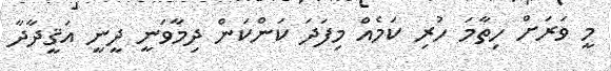
މީ ވަރަށް ހިތާމަ ހުރި ކަމެއް މިފަދަ ކަންކަން ދިމާވަނީ ދީނީ އަޤީދާދާ